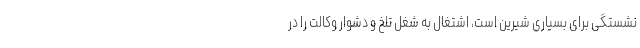
نشستگی برای بسیاری شیرین است، اشتغال به شغل تلخ و دشوار وکالت را در